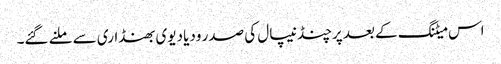
اس میٹنگ کے بعد پرچنڈ نیپال کی صدر ودیا دیوی بھنڈاری سے ملنے گئے۔